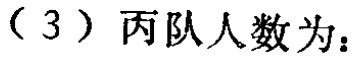
（3）丙队人数为：